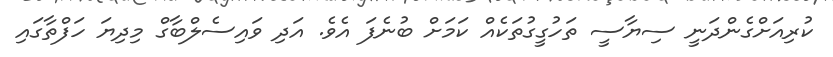
ކުރިއަށްގެންދަނީ ސިޔާސީ ތަހުގީގުތަކެއް ކަމަށް ބުނެފަ އެވެ. އަދި ވައިސެލްބާގް މިދިޔަ ހަފްތާގައި